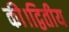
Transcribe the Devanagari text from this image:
की।द्वितीय